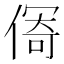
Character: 𱏄